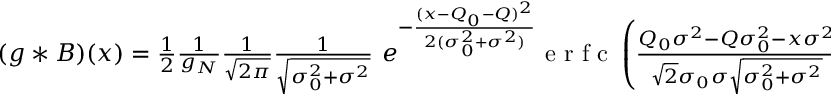
\begin{array} { r } { ( g * B ) ( x ) = \frac { 1 } { 2 } \frac { 1 } { g _ { N } } \frac { 1 } { \sqrt { 2 \pi } } \frac { 1 } { \sqrt { \sigma _ { 0 } ^ { 2 } + \sigma ^ { 2 } } } \ e ^ { - \frac { ( x - Q _ { 0 } - Q ) ^ { 2 } } { 2 ( \sigma _ { 0 } ^ { 2 } + \sigma ^ { 2 } ) } } \mathrm { ~ e ~ r ~ f ~ c ~ } \left( \frac { Q _ { 0 } \sigma ^ { 2 } - Q \sigma _ { 0 } ^ { 2 } - x \sigma ^ { 2 } } { \sqrt { 2 } \sigma _ { 0 } \sigma \sqrt { \sigma _ { 0 } ^ { 2 } + \sigma ^ { 2 } } } \right) . } \end{array}